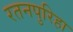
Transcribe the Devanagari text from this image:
रतनपुरिहा